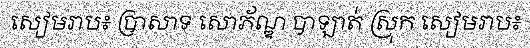
សៀមរាប៖ ប្រាសាទ សោភ័ណ្ឌ បាឡាត់ ស្រុក សៀមរាប៖